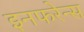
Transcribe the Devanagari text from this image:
इनफरेन्स